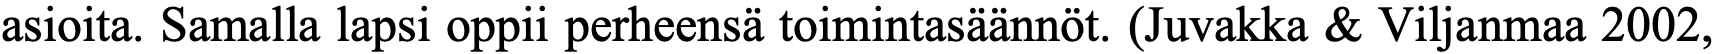
asioita. Samalla lapsi oppii perheensä toimintasäännöt. (Juvakka & Viljanmaa 2002,